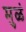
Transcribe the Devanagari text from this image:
मुळं